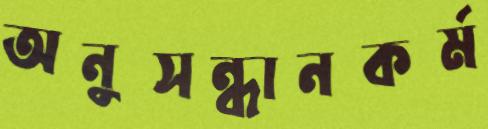
অনুসন্ধানকর্ম